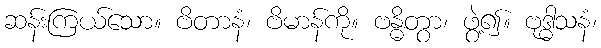
ဆန်းကြယ်သော။ ဗိတာနံ၊ ဗိမာန်ကို။ ဗန္ဓိတွာ၊ ဖွဲ့၍။ ဗုဒ္ဓါသနံ၊